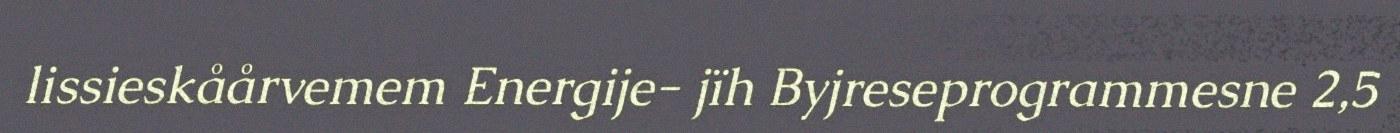
lissieskåårvemem Energije- jïh Byjreseprogrammesne 2,5